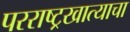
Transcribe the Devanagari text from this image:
परराष्ट्रखात्याचा